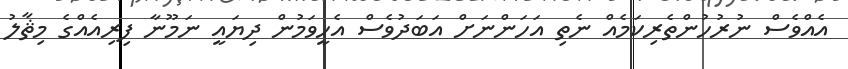
އެއްވެސް ނުރުހުންތެރިކަމެއް ނެތި އަހަންނަށް އަބަދުވެސް އެހީވަމުން ދިޔައީ ނަމޫނާ ފިރިއެއްގެ މިޘާލު